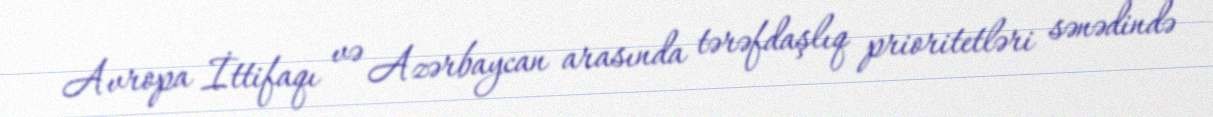
Avropa İttifaqı və Azərbaycan arasında tərəfdaşlıq prioritetləri sənədində